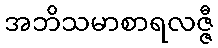
အဘိသမာစာရလဇ္ဇီ